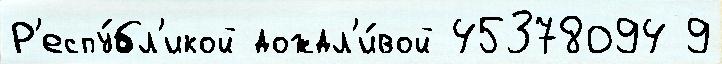
Р'еспу́бл'икой дождл'и́вой 45378094 9